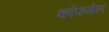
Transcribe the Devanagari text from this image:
कॉफमेन